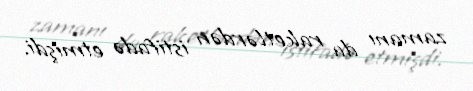
zamanı da raketlərdən istifadə etmişdi.